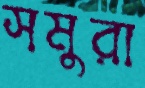
সমুরা